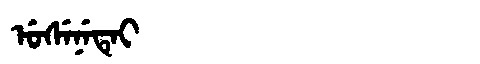
Manchu: ᡠᠰᡝᠨᡝᡨᡝᡳ
Romanization: USENETEI